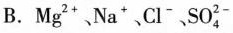
B. Mg^{2+}、Na^{+}、Cl^{-}、SO_{4}^{2-}